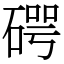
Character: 𥔲